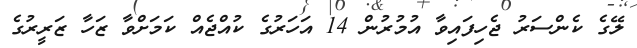
ލޭގެ ކެންސަރު ޖެހިފައިވާ އުމުރުން 14 އަހަރުގެ ކުއްޖެއް ކަމަށްވާ ޒަހާ ޒަރީރުގެ